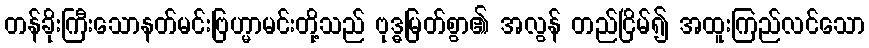
တန်ခိုးကြီးသောနတ်မင်းဗြဟ္မာမင်းတို့သည် ဗုဒ္ဓမြတ်စွာ၏ အလွန် တည်ငြိမ်၍ အထူးကြည်လင်သော